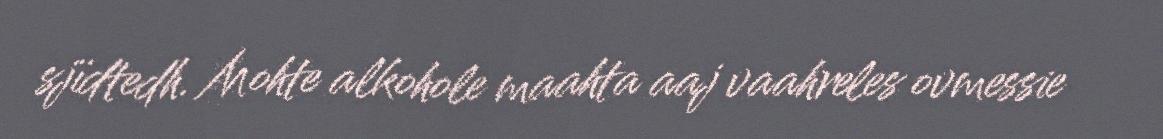
sjïdtedh. Mohte alkohole maahta aaj vaahreles ovmessie